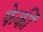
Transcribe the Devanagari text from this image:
फेकीं